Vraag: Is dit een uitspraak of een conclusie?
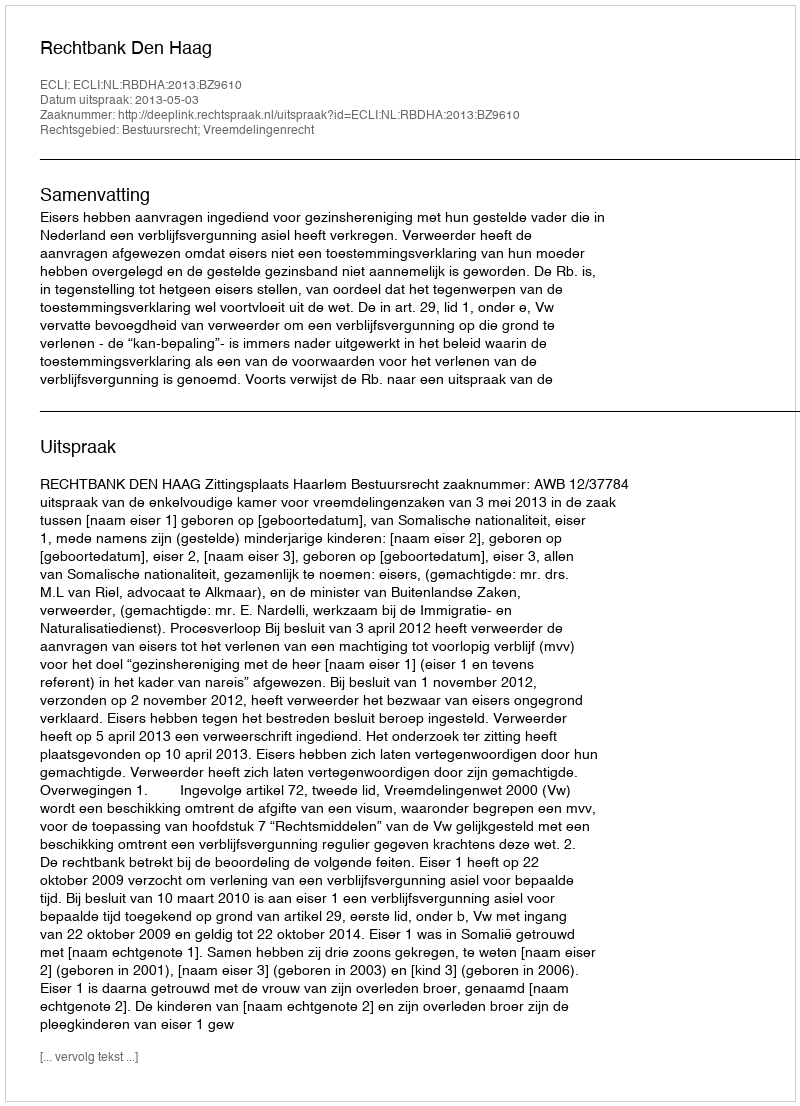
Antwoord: Uitspraak